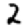
Digit: 2